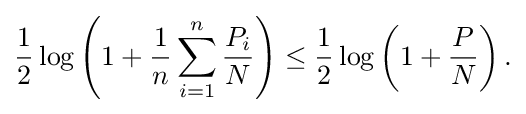
{\frac {1}{2}}\log \left(1+{\frac {1}{n}}\sum _{i=1}^{n}{\frac {P_{i}}{N}}\right)\leq {\frac {1}{2}}\log \left(1+{\frac {P}{N}}\right).\,\!